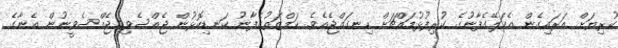
ކުރިޔަށް އަރައިގެން އެކަލޭގެފާނުގެ ކުރިފުޅުމައްޗަށް ހިނގައްޖެއެވެ. ހަމްޒަތުގެފާނު ކަނޑިކޮޅުން ޖެއްސެވި ޖެއްސެވީނުން އެނާގެ